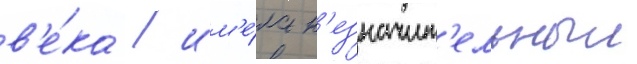
в'е́ка / им'е́ла н'езначит'ельныи